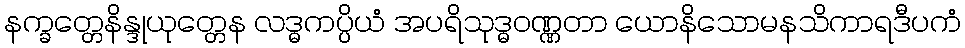
နက္ခတ္တေနိန္ဒုယုတ္တေန လဒ္ဓကပ္ပိယံ အပရိသုဒ္ဓဝဏ္ဏတာ ယောနိသောမနသိကာရဒီပကံ